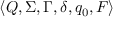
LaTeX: \langle Q , \Sigma , \Gamma , \delta , q _ { 0 } , F \rangle